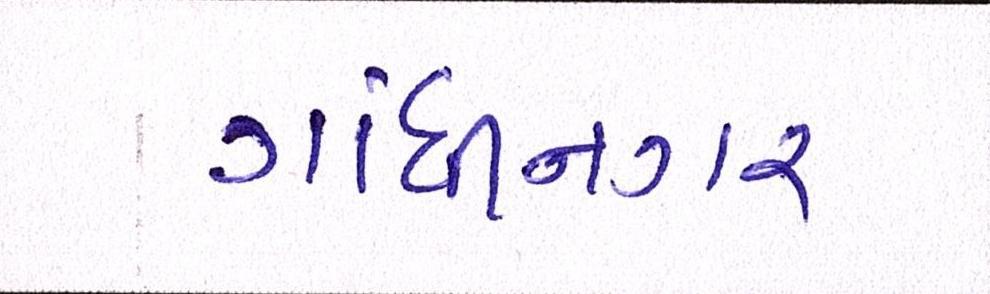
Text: ગાંધીનગર